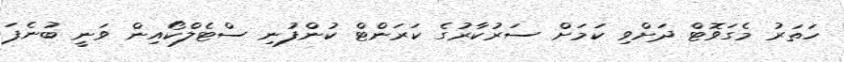
ހަތަރު މެގަވޮޓް ދަށްވި ކަމަށް ސަރުކާރުގެ ކަރަންޓް ކުންފުނި ސްޓެލްކޯއިން ވަނީ ބުނެފަ